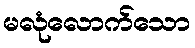
မလုံလောက်သော